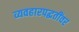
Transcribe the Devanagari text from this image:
व्यवहारपद्धतींवर